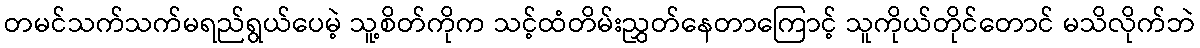
တမင်သက်သက်မရည်ရွယ်ပေမဲ့ သူ့စိတ်ကိုက သင့်ထံတိမ်းညွှတ်နေတာကြောင့် သူကိုယ်တိုင်တောင် မသိလိုက်ဘဲ